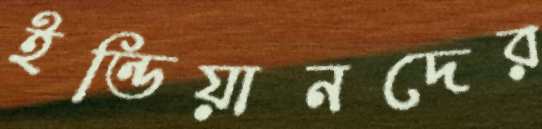
ইন্ডিয়ানদের